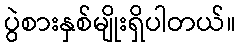
ပွဲစားနှစ်မျိုးရှိပါတယ်။